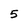
Character: 5